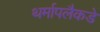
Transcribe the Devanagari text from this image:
थर्मापलैकडे